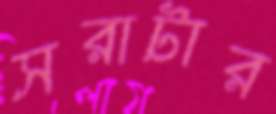
সরাটার